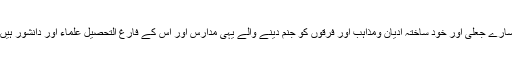
سارے جعلی اور خود ساختہ ادیان ومذاہب اور فرقوں کو جنم دینے والے یہی مدارس اور اس کے فارغ التحصیل علماء اور دانشور ہیں۔